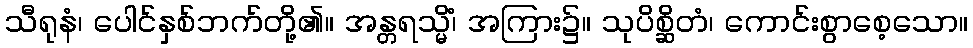
သီရုနံ၊ ပေါင်နှစ်ဘက်တို့၏။ အန္တရသ္မိံ၊ အကြား၌။ သုပိစ္ဆိတံ၊ ကောင်းစွာစေ့သော။